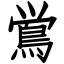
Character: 鴬